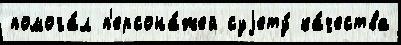
помога́л п'ерсона́жей суjету́ ка́чества